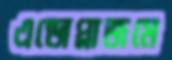
এন্ডোপ্লাজমে